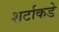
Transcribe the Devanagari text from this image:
शर्टाकडे